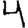
Digit: 4